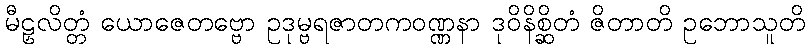
မီဠှလိတ္တံ ယောဇေတဗ္ဗော ဥဒုမ္ဗရဇာတကဝဏ္ဏနာ ဒုဝိနိစ္ဆိတံ ဇိတာတိ ဥဘောသူတိ